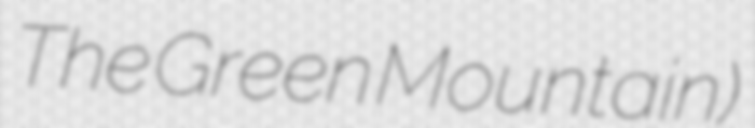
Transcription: The Green Mountain)